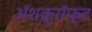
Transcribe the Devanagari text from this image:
अॅशक्रॉफ्ट